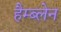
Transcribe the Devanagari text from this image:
हैम्ब्लेन